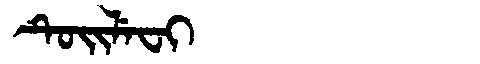
Manchu: ᡨᡠᡳᠯᡝᠸᡳ
Romanization: TUILEFI